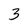
Character: 3